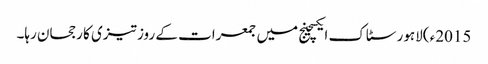
2015ء )لاہور سٹاک ایکسچینج میں جمعرات کے روز تیزی کا رجحان رہا۔